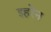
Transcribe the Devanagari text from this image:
इहरेन